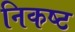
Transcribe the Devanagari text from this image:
निकष्ट